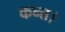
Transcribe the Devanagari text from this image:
कन्‍त।